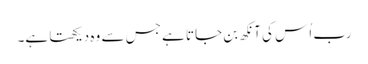
رب اُس کی آنکھ بن جاتا ہے جس سے وہ دیکھتا ہے۔